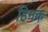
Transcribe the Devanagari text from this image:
हिनक